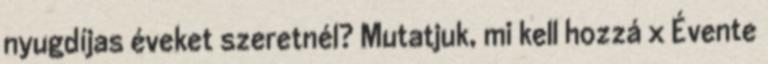
nyugdíjas éveket szeretnél? Mutatjuk, mi kell hozzá x Évente